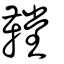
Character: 鞺